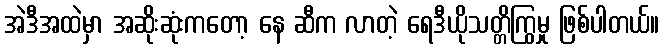
အဲဒီအထဲမှာ အဆိုးဆုံးကတော့ နေ ဆီက လာတဲ့ ရေဒီယိုသတ္တိကြွမှု ဖြစ်ပါတယ်။